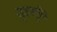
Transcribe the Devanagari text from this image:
शुकमुनि